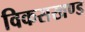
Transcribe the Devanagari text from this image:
विकसखण्ड